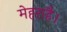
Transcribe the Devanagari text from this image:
मेहराहै।